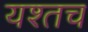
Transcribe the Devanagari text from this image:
यश्तच